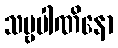
သဗ္ဗပါဏိနော